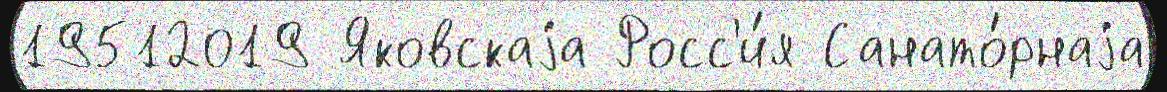
19512019 Яковскаjа Росс'и́я Санато́рнаjа